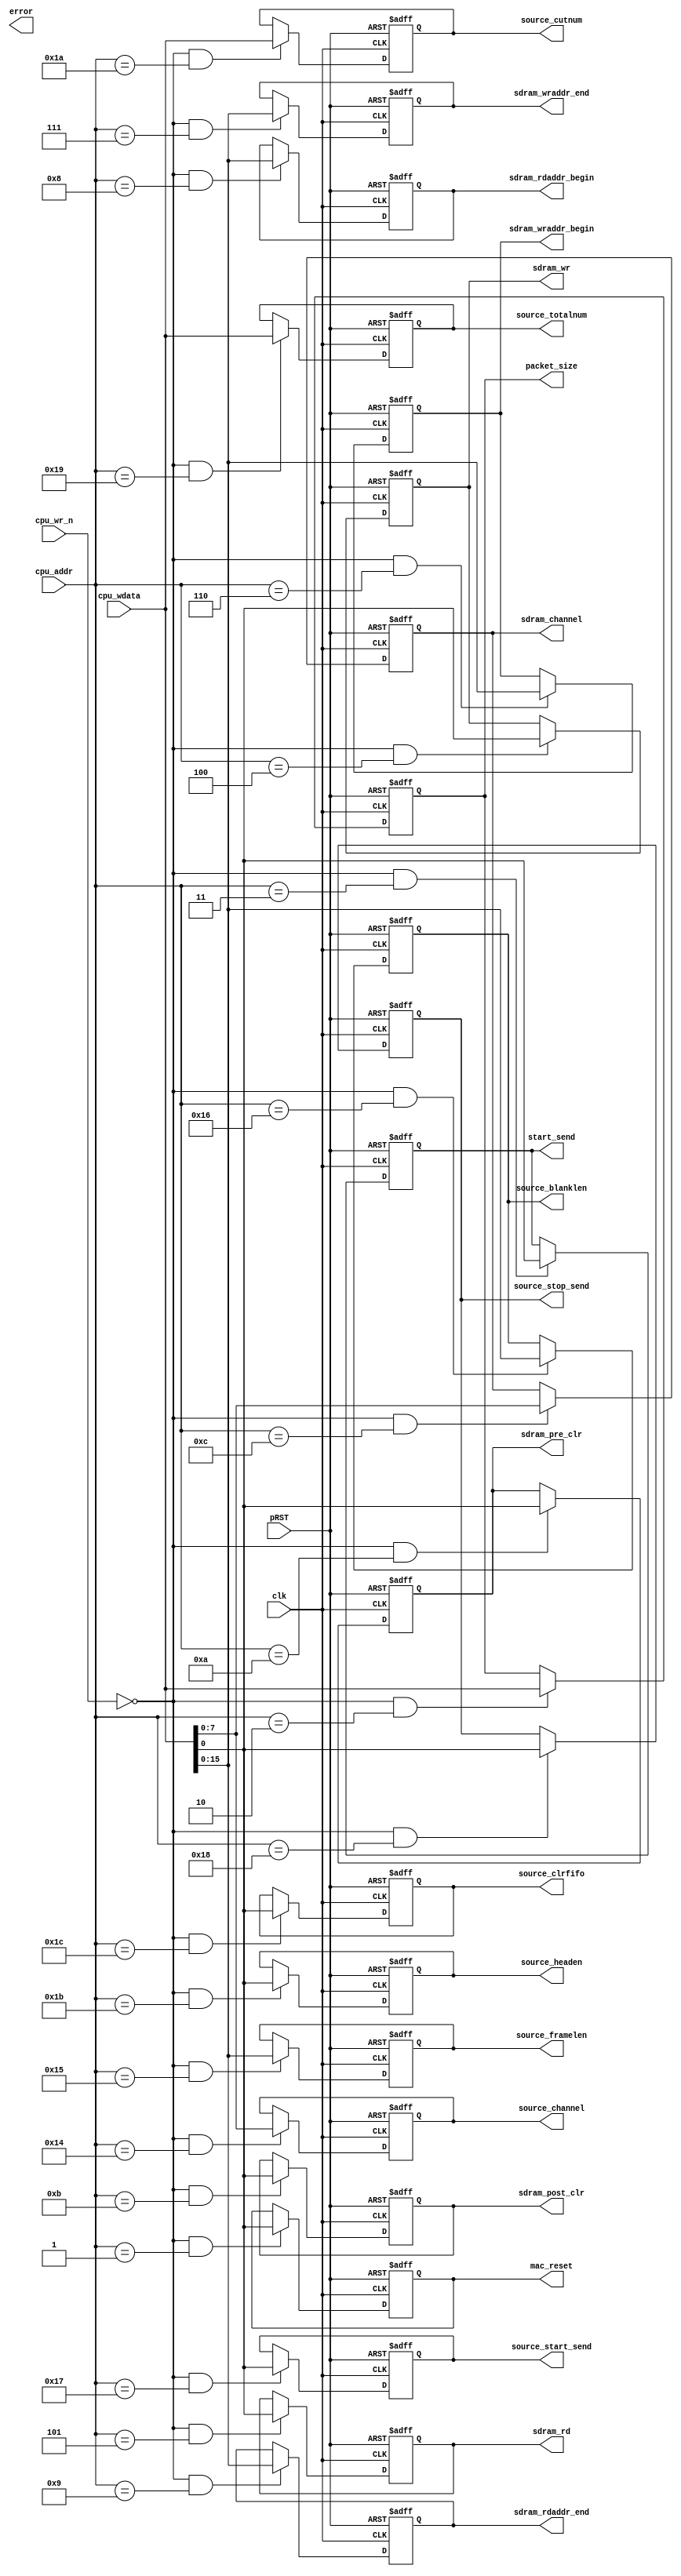
module CpuWriteCon(
	input clk,
	input pRST,
	input cpu_wr_n,
	input [8:0] cpu_addr,
	input [31:0] cpu_wdata,
/****MAC*************************/	
	output reg  mac_reset,//--------------------MACNIOS1
	output reg  [31:0]packet_size,//------------UDPNIOS2
	output reg  start_send,//-------------------UDPNIOS3
	
	output reg [7 : 0] sdram_channel, 
	
	output reg sdram_wr,
	output reg sdram_rd,
	output reg [15 : 0] sdram_wraddr_begin,
	output reg [15 : 0] sdram_wraddr_end,
	output reg [15 : 0] sdram_rdaddr_begin,
	output reg [15 : 0] sdram_rdaddr_end,
	output reg  sdram_pre_clr,
	output reg  sdram_post_clr,
	
	output reg [7 : 0] source_channel,
	output reg [15 : 0] source_framelen,
	output reg [15 : 0] source_blanklen,
	output reg source_start_send,
	output reg source_stop_send,
	output reg [31 : 0] source_totalnum,
	output reg [31 : 0] source_cutnum,
	output reg source_headen,
	output reg source_clrfifo,
	
	output reg error
	
	);
//***MAC***************************************************************************************************************************************************************//	
always @(posedge clk or posedge pRST)
if(pRST)
	mac_reset<=1'b0;
else
	if((cpu_wr_n==0) && (cpu_addr==1))
		mac_reset<=cpu_wdata[0];
always @(posedge clk or posedge pRST)
if(pRST)
	packet_size<=32'd0;
else
	if((cpu_wr_n==0) && (cpu_addr==2))
		packet_size<=cpu_wdata[31:0];	
always @(posedge clk or posedge pRST)
if(pRST)
	start_send<=1'b0;
else
	if((cpu_wr_n==0) && (cpu_addr==3))
		start_send<=cpu_wdata[0];	
		
//***SDRAM**************************************************************************************************************************************************************//	
always @(posedge clk or posedge pRST)
if(pRST)
	sdram_wr<=1'b0;
else
	if((cpu_wr_n==0) && (cpu_addr==4))
		sdram_wr<=cpu_wdata[0];	
always @(posedge clk or posedge pRST)
if(pRST)
	sdram_rd<=1'b0;
else
	if((cpu_wr_n==0) && (cpu_addr==5))
		sdram_rd<=cpu_wdata[0];	
always @(posedge clk or posedge pRST)
if(pRST)
	sdram_wraddr_begin<=16'd0;
else
	if((cpu_wr_n==0) && (cpu_addr==6))
		sdram_wraddr_begin<=cpu_wdata[15:0];	
always @(posedge clk or posedge pRST)
if(pRST)
	sdram_wraddr_end<=16'd0;
else
	if((cpu_wr_n==0) && (cpu_addr==7))
		sdram_wraddr_end<=cpu_wdata[15:0];	
always @(posedge clk or posedge pRST)
if(pRST)
	sdram_rdaddr_begin<=16'd0;
else
	if((cpu_wr_n==0) && (cpu_addr==8))
		sdram_rdaddr_begin<=cpu_wdata[15:0];	
always @(posedge clk or posedge pRST)
if(pRST)
	sdram_rdaddr_end<=16'd0;
else
	if((cpu_wr_n==0) && (cpu_addr==9))
		sdram_rdaddr_end<=cpu_wdata[15:0];
always @(posedge clk or posedge pRST)
if(pRST)
	sdram_pre_clr<=1'b0;
else
	if((cpu_wr_n==0) && (cpu_addr==10))
		sdram_pre_clr<=cpu_wdata[0];	
always @(posedge clk or posedge pRST)
if(pRST)
	sdram_post_clr<=1'b0;
else
	if((cpu_wr_n==0) && (cpu_addr==11))
		sdram_post_clr<=cpu_wdata[0];
always @(posedge clk or posedge pRST)
if(pRST)
	sdram_channel<=8'd0;
else
	if((cpu_wr_n==0) && (cpu_addr==12))
		sdram_channel<=cpu_wdata[7:0];		
//***SDRAM**************************************************************************************************************************************************************//	
//***SOURCE**************************************************************************************************************************************************************//	
always @(posedge clk or posedge pRST)
if(pRST)
	source_channel<=8'd0;
else
	if((cpu_wr_n==0) && (cpu_addr==20))
		source_channel<=cpu_wdata[7 : 0];	

always @(posedge clk or posedge pRST)
if(pRST)
	source_framelen<=16'd0;
else
	if((cpu_wr_n==0) && (cpu_addr==21))
		source_framelen<=cpu_wdata[15 : 0];	
always @(posedge clk or posedge pRST)
if(pRST)
	source_blanklen<=8'd0;
else
	if((cpu_wr_n==0) && (cpu_addr==22))
		source_blanklen<=cpu_wdata[15 : 0];	
		
always @(posedge clk or posedge pRST)
if(pRST)
	source_start_send<=1'd0;
else
	if((cpu_wr_n==0) && (cpu_addr==23))
		source_start_send<=cpu_wdata[0];	
always @(posedge clk or posedge pRST)
if(pRST)
	source_stop_send<=1'd0;
else
	if((cpu_wr_n==0) && (cpu_addr==24))
		source_stop_send<=cpu_wdata[0];	
		
always @(posedge clk or posedge pRST)
if(pRST)
	source_totalnum<=32'd0;
else
	if((cpu_wr_n==0) && (cpu_addr==25))
		source_totalnum<=cpu_wdata[31 : 0];	
always @(posedge clk or posedge pRST)
if(pRST)
	source_cutnum<=32'd0;
else
	if((cpu_wr_n==0) && (cpu_addr==26))
		source_cutnum<=cpu_wdata[31 : 0];	
		
always @(posedge clk or posedge pRST)
if(pRST)
	source_headen<=1'd0;
else
	if((cpu_wr_n==0) && (cpu_addr==27))
		source_headen<=cpu_wdata[0];	
always @(posedge clk or posedge pRST)
if(pRST)
	source_clrfifo<=1'd0;
else
	if((cpu_wr_n==0) && (cpu_addr==28))
		source_clrfifo<=cpu_wdata[0];	
		


//***SOURCE**************************************************************************************************************************************************************//	
	
		
endmodule